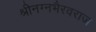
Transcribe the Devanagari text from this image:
श्रीनग्नभैरवराज